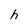
Character: h